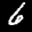
Label: 6